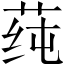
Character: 莼